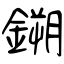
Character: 鎙